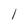
Character: l